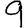
Digit: 9